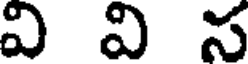
వి వి స